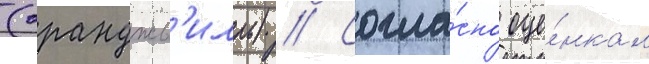
(оранджв'илль) // Согла́сно оце́нкам